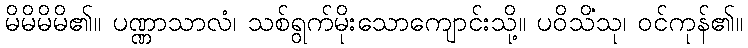
မိမိမိမိ၏။ ပဏ္ဏာသာလံ၊ သစ်ရွက်မိုးသောကျောင်းသို့။ ပဝိသိံသု၊ ဝင်ကုန်၏။